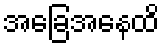
အခြေအနေထိ